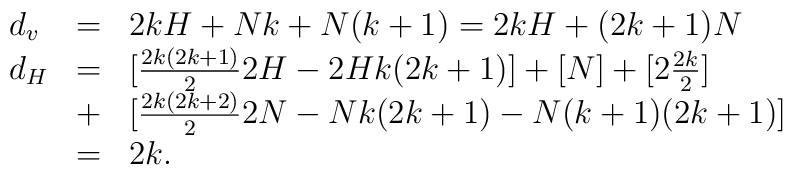
\begin{array}{lll}d_v & = & 2kH+Nk+N(k+1)=2kH+(2k+1)N  \\d_H & = & [\frac{2k(2k+1)}{2}2H-2H k(2k+1)]+ [N]+[2\frac{2k}{2}] \\& + & [\frac{2k(2k+2)}{2}2N-Nk(2k+1)-N(k+1)(2k+1)] \\& = & 2k. \\\end{array}